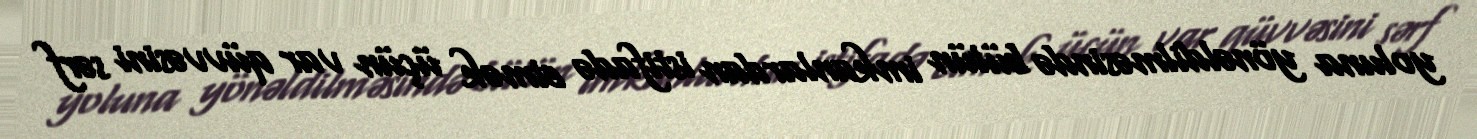
yoluna yönəldilməsində bütün imkanlardan istifadə etmək üçün var qüvvəsini sərf